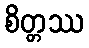
စိတ္တဿ